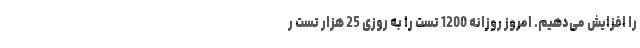
را افزایش می‌دهیم. امروز روزانه 1200 تست را به روزی 25 هزار تست ر